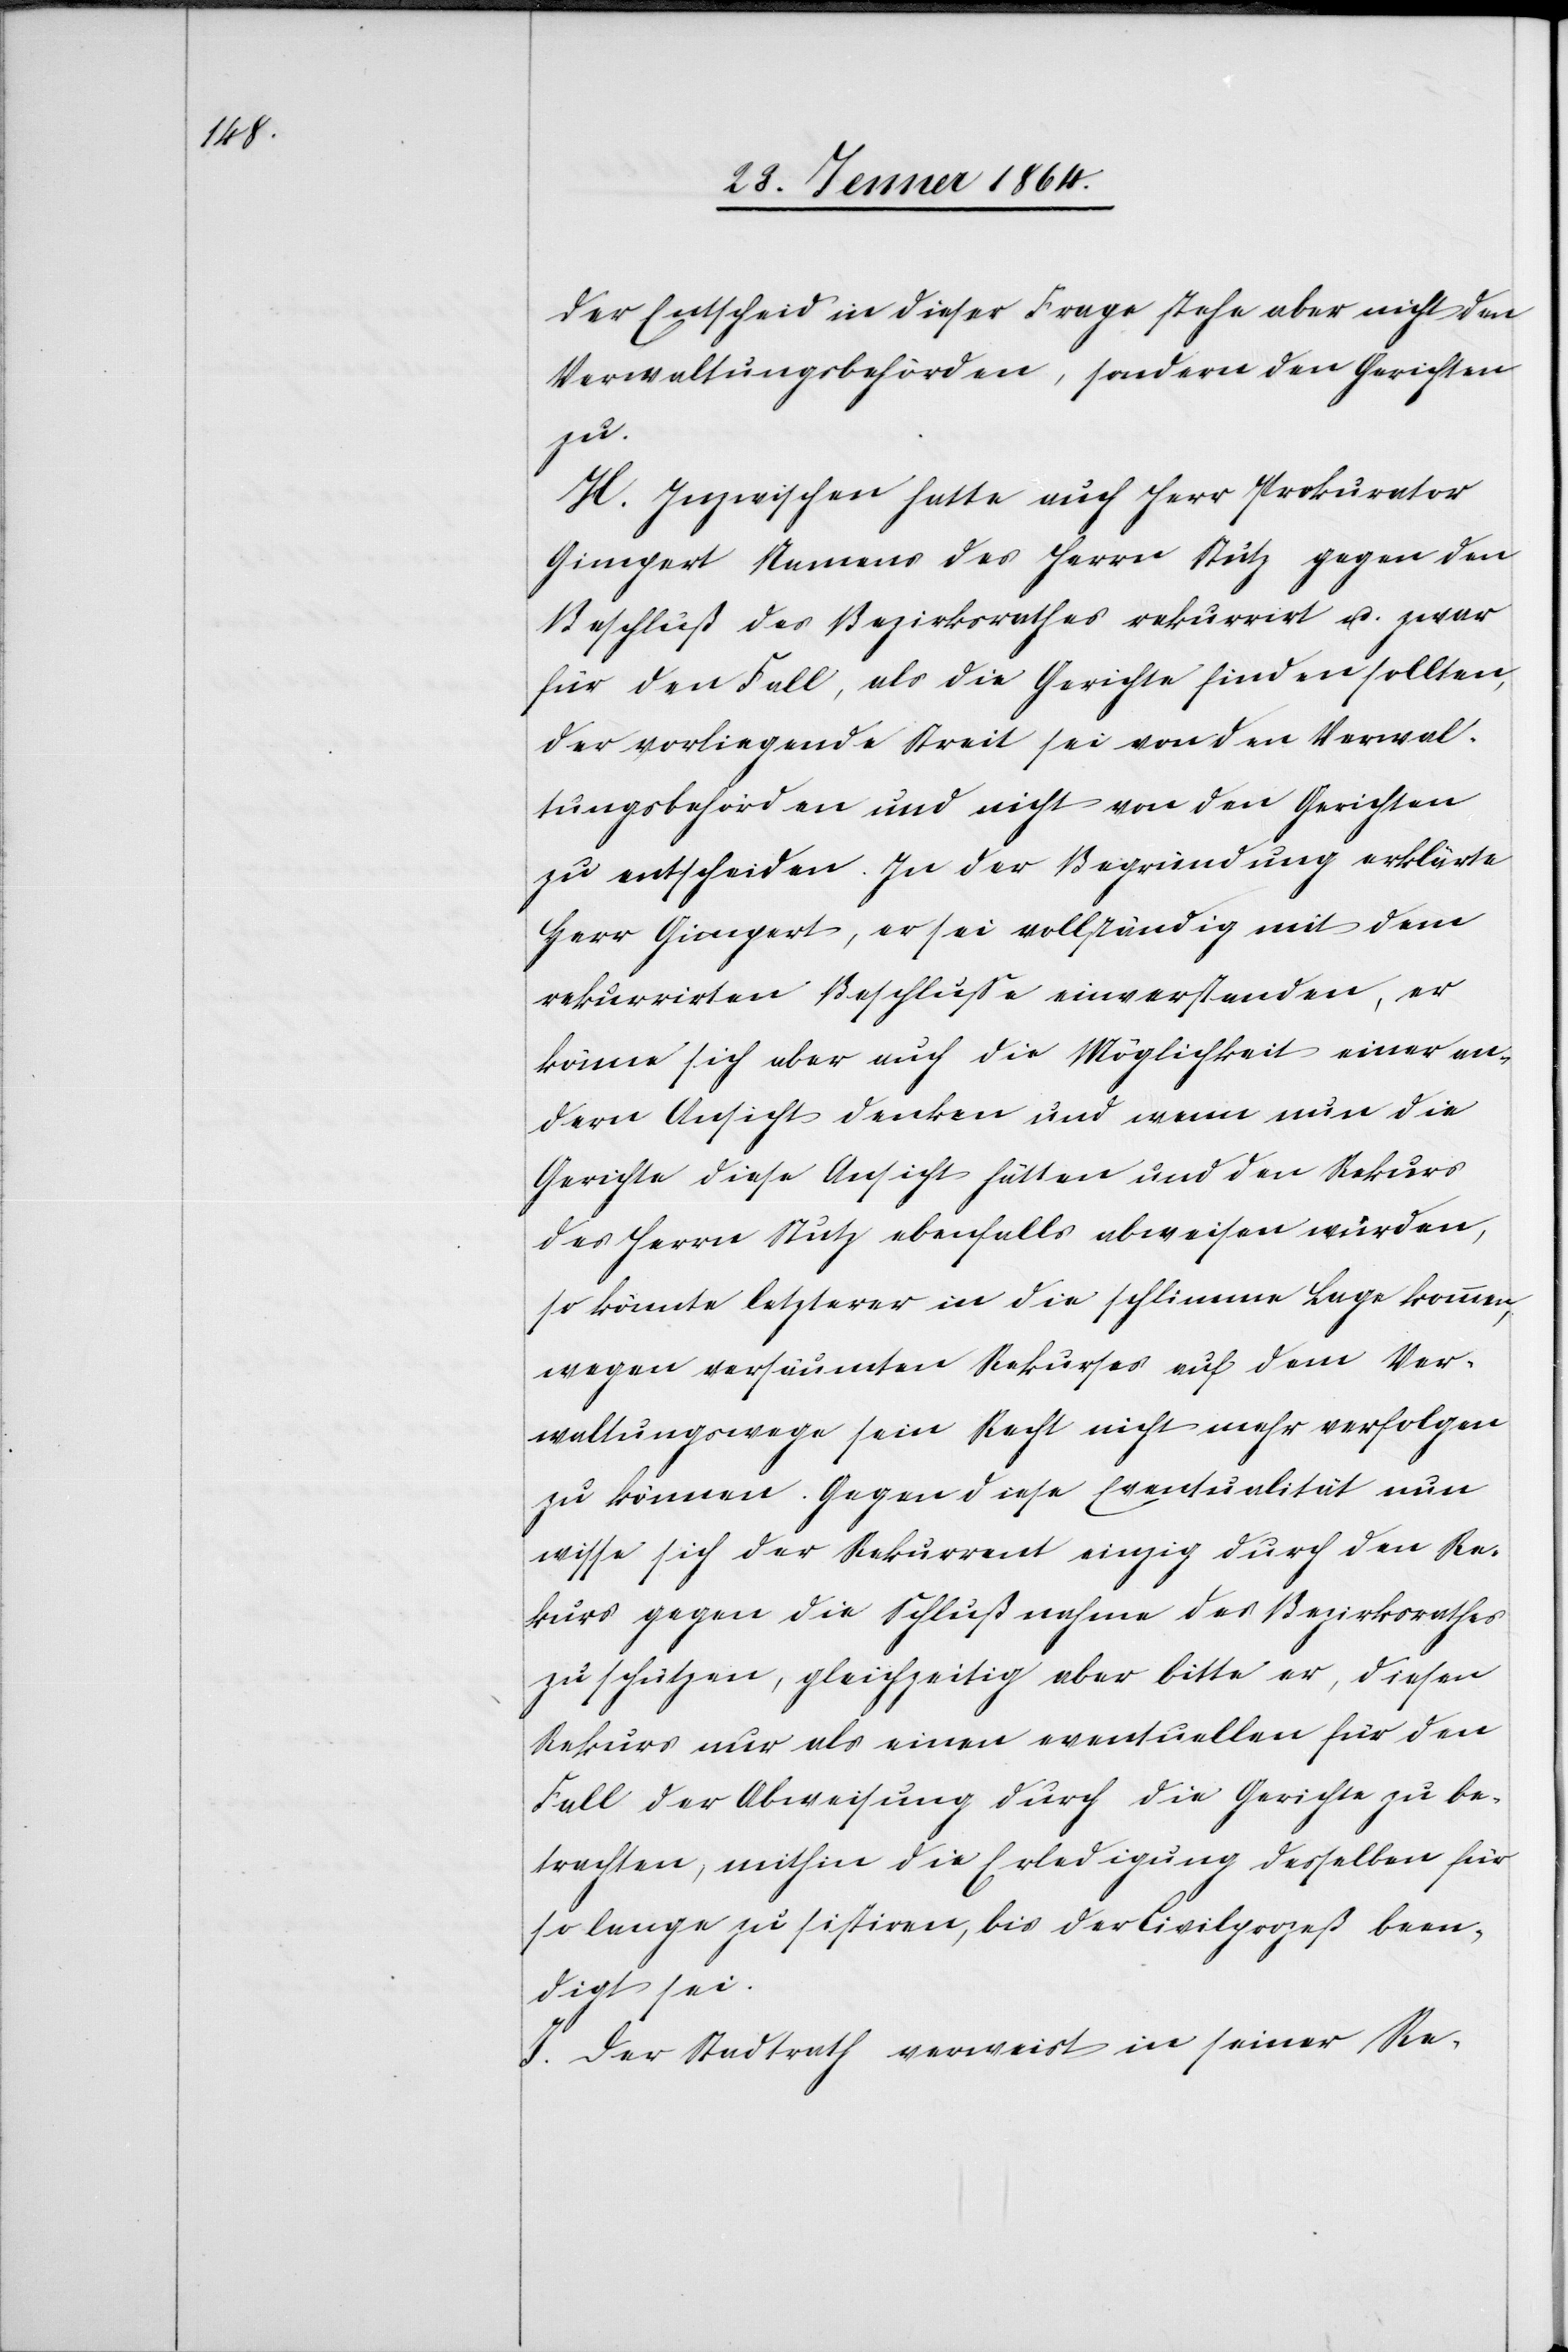
Der Entscheid in dieser Frage stehe aber nicht den
Verwaltungsbehörden, sondern den Gerichten
zu.
H. Inzwischen hatte auch Herr Prokurator
Gimpert Namens des Herrn Stutz gegen den
Beschluß des Bezirksrathes rekurrirt u. zwar
für den Fall, als die Gerichte finden sollten,
der vorliegende Streit sei von den Verwal¬
tungsbehörden und nicht von den Gerichten
zu entscheiden. In der Begründung erklärte
Herr Gimpert, er sei vollständig mit dem
rekurrirten Beschlusse einverstanden, er
könne sich aber auch die Möglichkeit einer an¬
dern Ansicht denken und wenn nun die
Gerichte diese Ansicht hätten und den Rekurs
des Herrn Stutz ebenfalls abweisen würden,
so könnte letzterer in die schlimme Lage kommen,
wegen versäumten Rekurses auf dem Ver¬
waltungswege sein Recht nicht mehr verfolgen
zu können. Gegen diese Eventualität nun
wisse sich der Rekurrent einzig durch den Re¬
kurse gegen die Schlußnahme des Bezirksrathes
zu schützen, gleichzeitig aber bitte er, diesen
Rekurs nur als einen eventuellen für den
Fall der Abweisung durch die Gerichte zu be¬
trachten, mithin die Erledigung desselben für
so lange zu sistiren, bis der Civilprozeß been¬
digt sei.
I. Der Stadtrath verweist in seiner Re-